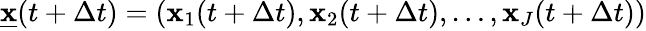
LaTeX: \underline{{\mathbf{x}}}(t+\Delta t)=(\mathbf{x}_{1}(t+\Delta t),\mathbf{x}_{2}(t+\Delta t),\dots,\mathbf{x}_{J}(t+\Delta t))